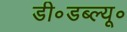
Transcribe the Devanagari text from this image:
डी॰डब्ल्यू॰